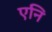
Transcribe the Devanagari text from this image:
एनि